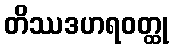
တိဿဒဟရဝတ္ထု